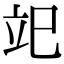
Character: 䇃